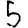
Digit: 5